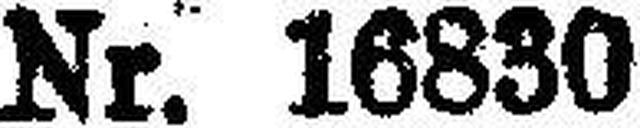
Nr. 16830